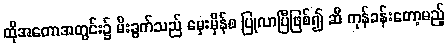
ထိုအတောအတွင်း၌ မီးခွက်သည် မှေးမှိန်စ ပြုလာပြီဖြစ်၍ ဆီ ကုန်ခန်းတော့မည့်